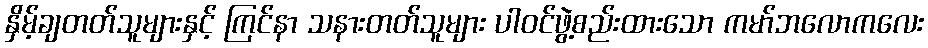
နှိမ့်ချတတ်သူများနှင့် ကြင်နာ သနားတတ်သူများ ပါဝင်ဖွဲ့စည်းထားသော ကမာ်ဘလောကလေး